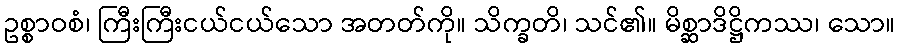
ဥစ္စာဝစံ၊ ကြီးကြီးငယ်ငယ်သော အတတ်ကို။ သိက္ခတိ၊ သင်၏။ မိစ္ဆာဒိဋ္ဌိကဿ၊ သော။